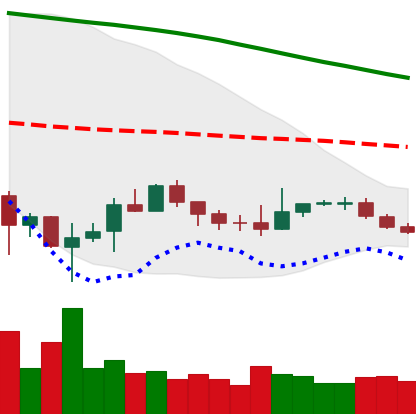
Ticker: BTC-USD
Chart end date: 2019-12-11
Forward return: -3.948%
Label: down_3_5